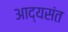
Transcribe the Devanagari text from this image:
आद्यसंत